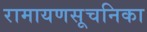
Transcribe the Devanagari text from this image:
रामायणसूचनिका